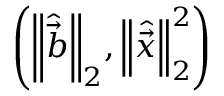
\left( { \left\| \hat { \vec { b } } \right\| } _ { 2 } , { \left\| \hat { \vec { x } } \right\| } _ { 2 } ^ { 2 } \right)